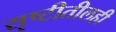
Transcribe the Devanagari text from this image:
सृष्टीतीलही